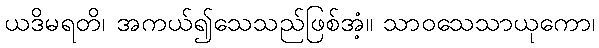
ယဒိမရတိ၊ အကယ်၍သေသည်ဖြစ်အံ့။ သာဝသေသာယုကော၊